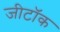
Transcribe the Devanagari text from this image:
जीटॉक